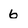
Character: 6